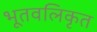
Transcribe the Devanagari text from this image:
भूतवलिकृत